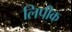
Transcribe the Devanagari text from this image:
लिपीक